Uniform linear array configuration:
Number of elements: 4
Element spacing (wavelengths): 0.5
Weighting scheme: exponential
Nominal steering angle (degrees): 30
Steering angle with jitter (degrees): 30.116
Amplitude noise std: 0.05
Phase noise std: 0.05

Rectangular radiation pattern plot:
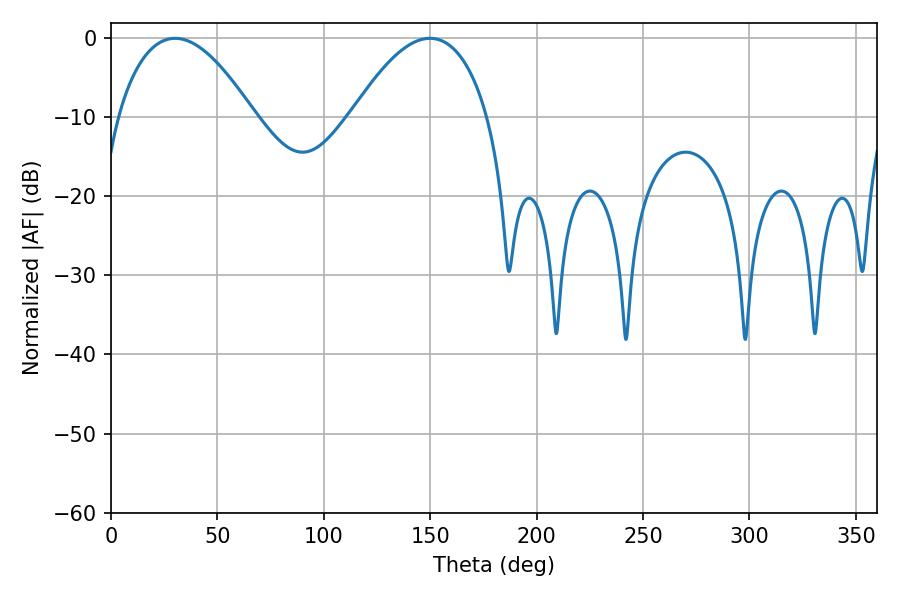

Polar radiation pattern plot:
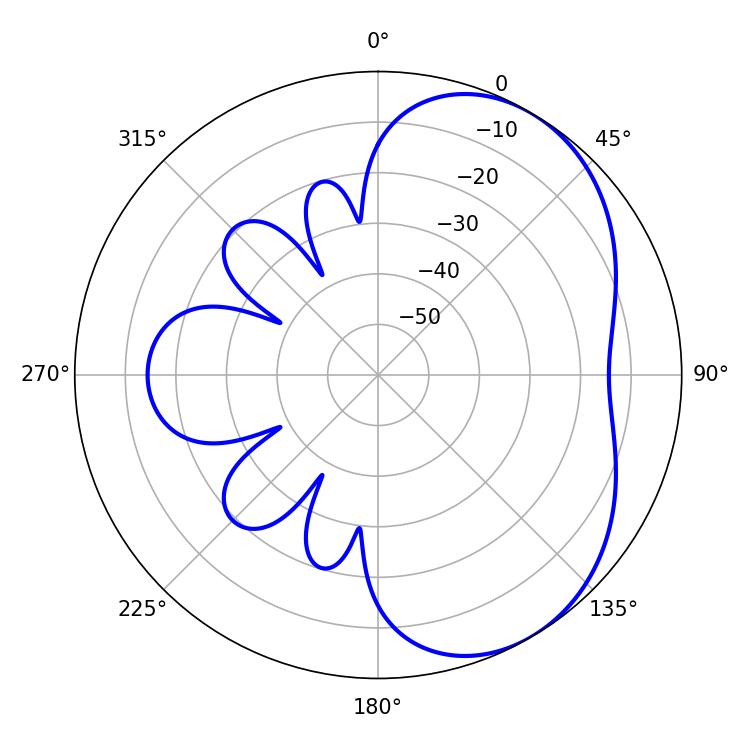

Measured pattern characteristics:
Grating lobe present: FALSE
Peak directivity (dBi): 4.547
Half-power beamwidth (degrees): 35.46
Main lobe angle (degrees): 30.06